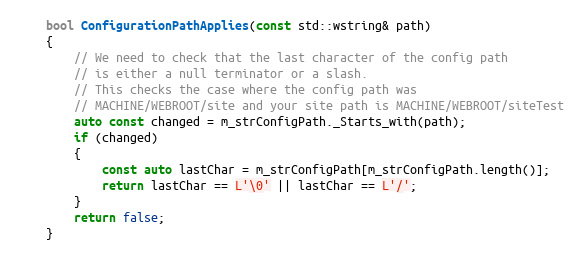
Language: C
    bool ConfigurationPathApplies(const std::wstring& path)
    {
        // We need to check that the last character of the config path
        // is either a null terminator or a slash.
        // This checks the case where the config path was
        // MACHINE/WEBROOT/site and your site path is MACHINE/WEBROOT/siteTest
        auto const changed = m_strConfigPath._Starts_with(path);
        if (changed)
        {
            const auto lastChar = m_strConfigPath[m_strConfigPath.length()];
            return lastChar == L'\0' || lastChar == L'/';
        }
        return false;
    }